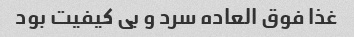
غذا فوق العاده سرد و بی کیفیت بود